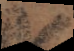
e s